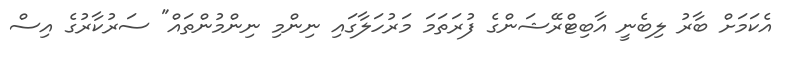
އެކަމަށް ބާރު ލިބެނީ އާބިޓްރޭޝަންގެ ފުރަތަމަ މަރުހަލާގައި ނިންމި ނިންމުންތައް" ސަރުކާރުގެ އިސް